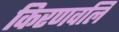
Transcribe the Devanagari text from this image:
किरणवलि